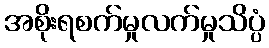
အစိုးရစက်မှုလက်မှုသိပ္ပံ